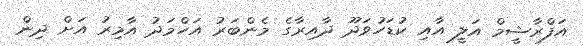
އަފްރާޝީމް އަލީ އާއި ކުޑަހުވަދޫ ދާއިރާގެ މެންބަރު އަހްމަދު އާމިރު އަށް ދިން